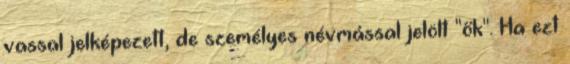
vassal jelképezett, de személyes névmással jelölt "ők". Ha ezt